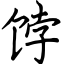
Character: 饽